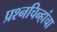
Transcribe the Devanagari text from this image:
प्रश्‍नचिन्हांचा